Scottish Leaving Certificate Examination, 1961
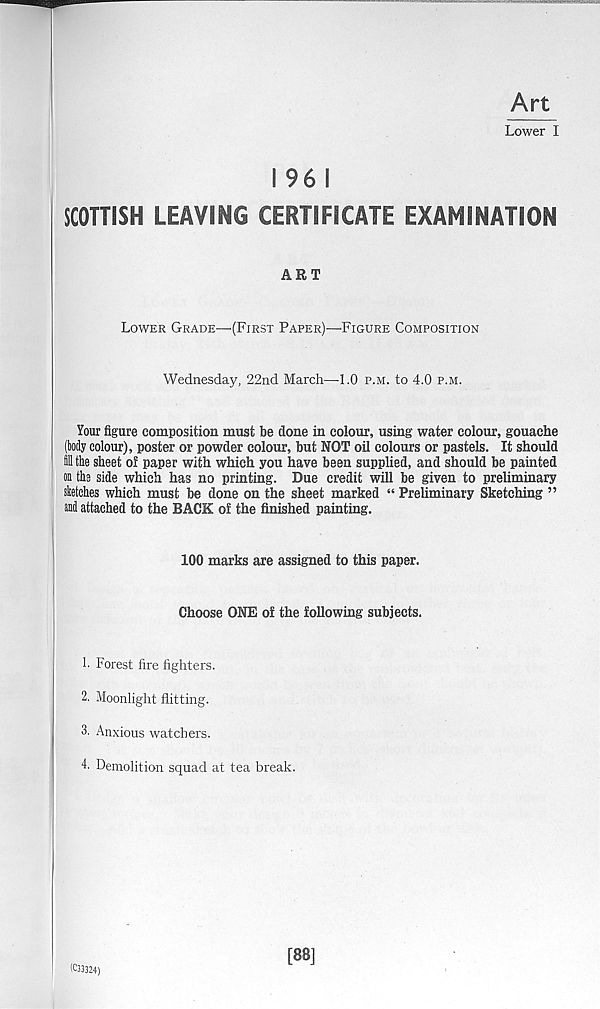
Art
Lower I
I 96 I
SCOTTISH LEAVING CERTIFICATE EXAMINATION
ART
Lower Grade—(First Paper)—Figure Composition
Wednesday, 22nd March—-1.0 p.m. to 4.0 p.m.
Your figure composition must be done in colour, using water colour, gouache
(My colour), poster or powder colour, but NOT oil colours or pastels. It should
fill the sheet of paper with which you have been supplied, and should be painted
on the side which has no printing. Due credit will be given to preliminary
sketches which must be done on the sheet marked “ Prehminary Sketching ”
and attached to the BACK of the finished painting.
100 marks are assigned to this paper.
Choose ONE of the following subjects.
1- Forest fire fighters.
2. Moonlight flitting.
3. Anxious watchers.
L Demolition squad at tea break.
(C33324)
[88]